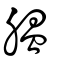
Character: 腽